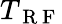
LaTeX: T_{\mathrm{~R~F~}}